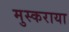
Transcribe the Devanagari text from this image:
मुस्कराया